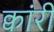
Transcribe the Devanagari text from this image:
क्वांरी